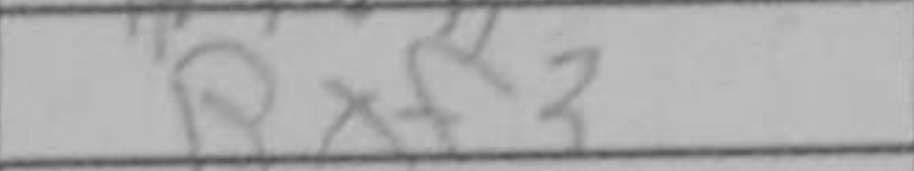
Transcription: Bxf3